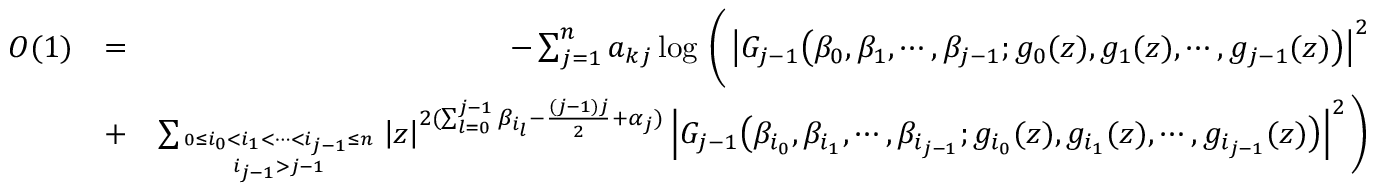
\begin{array} { r l r } { O ( 1 ) } & { = } & { - \sum _ { j = 1 } ^ { n } a _ { k j } \log \, \Bigg ( \left| G _ { j - 1 } \big ( \beta _ { 0 } , \beta _ { 1 } , \cdots , \beta _ { j - 1 } ; g _ { 0 } ( z ) , g _ { 1 } ( z ) , \cdots , g _ { j - 1 } ( z ) \big ) \right| ^ { 2 } } \\ & { + } & { \sum _ { 0 \le i _ { 0 } < i _ { 1 } < \cdots < i _ { j - 1 } \le n \atop i _ { j - 1 } > j - 1 } \left| z \right| ^ { 2 ( \sum _ { l = 0 } ^ { j - 1 } \beta _ { i _ { l } } - \frac { ( j - 1 ) j } { 2 } + \alpha _ { j } ) } \left| G _ { j - 1 } \big ( \beta _ { i _ { 0 } } , \beta _ { i _ { 1 } } , \cdots , \beta _ { i _ { j - 1 } } ; g _ { i _ { 0 } } ( z ) , g _ { i _ { 1 } } ( z ) , \cdots , g _ { i _ { j - 1 } } ( z ) \big ) \right| ^ { 2 } \Bigg ) } \end{array}